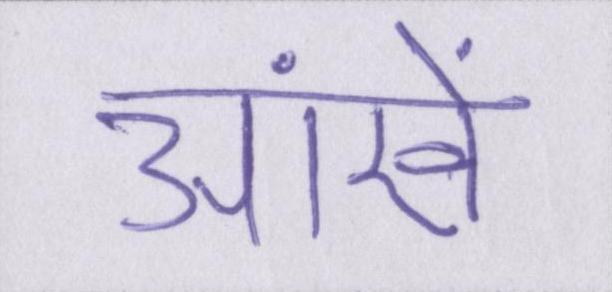
आंखें